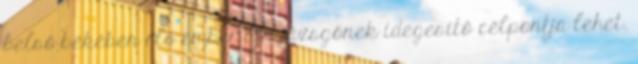
belső békében élő ember a nyüzsgőnek idegesítő célpontja lehet.